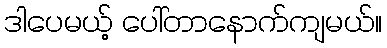
ဒါပေမယ့် ပေါ်တာနောက်ကျမယ်။